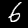
Digit: 6